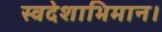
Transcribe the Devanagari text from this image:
स्वदेशाभिमान।